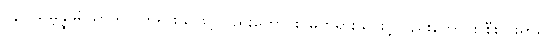
(၄) သမ္ဘိန္နမရိယာဒ - တရားသဖြင့်လည်းကောင်း၊ မတရားသဖြင့်လည်းကောင်း စီးပွားရှာ၍